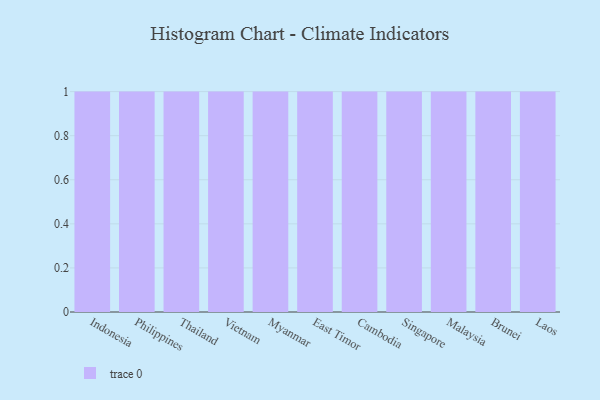
{"axis": {"x": "Country", "y": "Latency (ms)"}, "legend": [""], "data": [{"x": "Indonesia", "y": 3, "type": ""}, {"x": "Philippines", "y": 38, "type": ""}, {"x": "Thailand", "y": 77, "type": ""}, {"x": "Vietnam", "y": 86, "type": ""}, {"x": "Myanmar", "y": 98, "type": ""}, {"x": "East Timor", "y": 52, "type": ""}, {"x": "Cambodia", "y": 47, "type": ""}, {"x": "Singapore", "y": 49, "type": ""}, {"x": "Malaysia", "y": 33, "type": ""}, {"x": "Brunei", "y": 5, "type": ""}, {"x": "Laos", "y": 39, "type": ""}]}